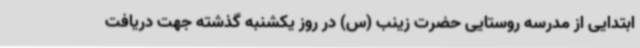
ابتدایی از مدرسه روستایی حضرت زینب (س) در روز یکشنبه گذشته جهت دریافت